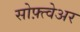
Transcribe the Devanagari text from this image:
सोफ़्त्वेअर